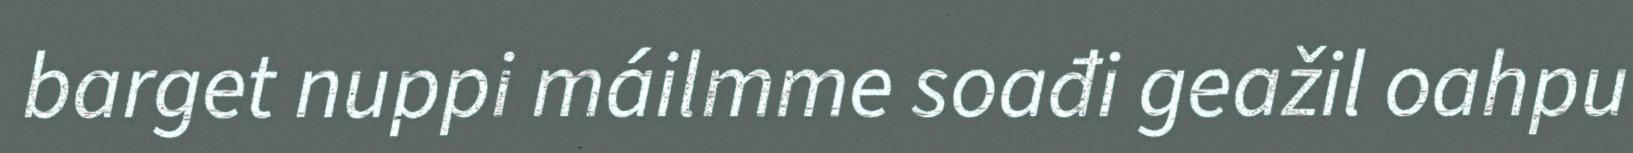
barget nuppi máilmme soađi geažil oahpu